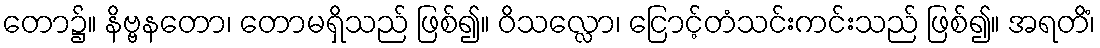
တော၌။ နိဗ္ဗနတော၊ တောမရှိသည် ဖြစ်၍။ ဝိသလ္လော၊ ငြောင့်တံသင်းကင်းသည် ဖြစ်၍။ အရတိံ၊